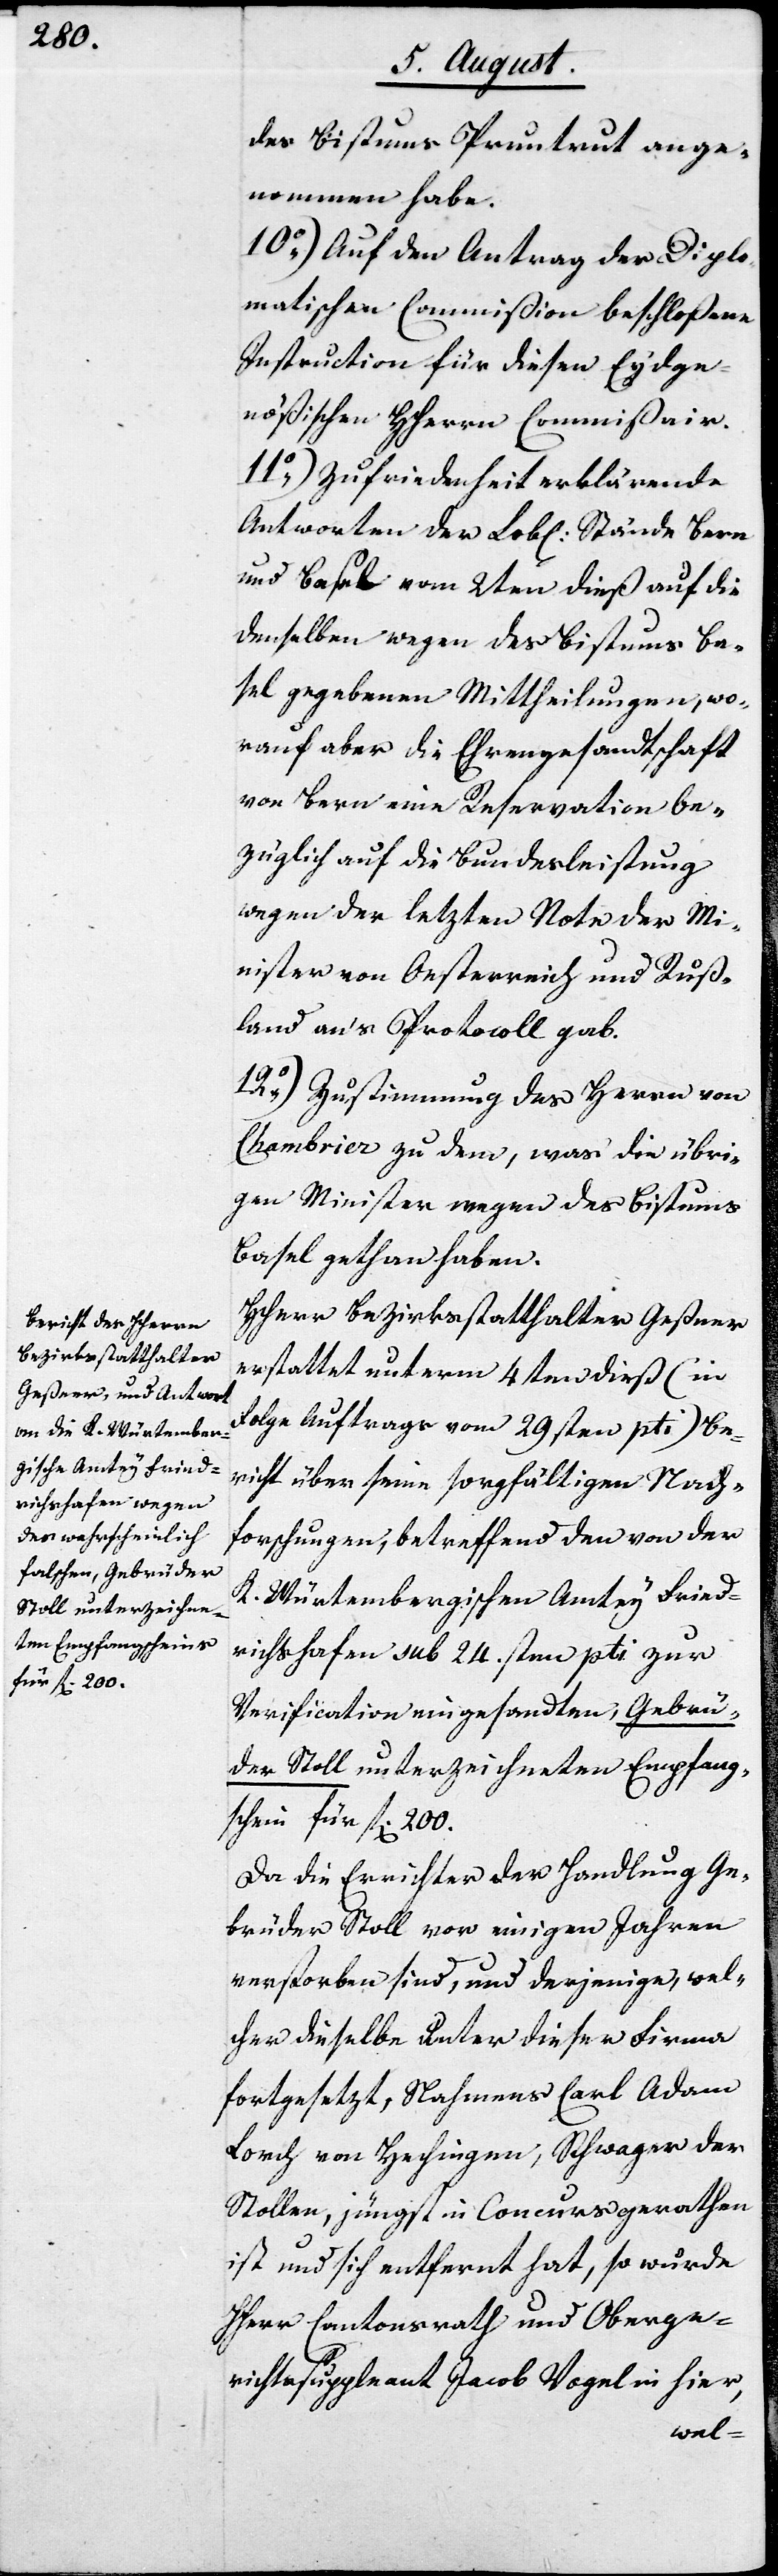
des Bistums Pruntrut ange¬
nommen habe.
10.) Auf den Antrag der Diplo¬
matischen Commißion beschloßene
Instruction für diesen Eydge¬
nößischen HHerrn Commißair.
11.) Zufriedenheit erklärende
Antworten der Lobl. Stände Bern
und Basel vom 2ten dieß auf die
denselben wegen des Bistums Ba¬
sel gegebenen Mittheilungen, wo¬
rauf aber die Ehrengesandtschaft
von Bern eine Reservation be¬
züglich auf die Bundesleistung
wegen der letzten Note der Mi¬
nister von Oesterreich und Ruß¬
land an’s Protocoll gab.
12.) Zustimmung des Herrn von
Chambrier zu dem, was die übri¬
gen Minister wegen des Bistums
Basel gethan haben.
HHerr Bezirksstatthalter Geßner
erstattet unterm 4ten dieß (in
Folge Auftrags vom 29sten pti) Be¬
richt über seine sorgfältigen Nach¬
forschungen, betreffend den von der
K. Würtembergischen Amtey Fried¬
richshafen sub 24sten pti. zur
Verification eingesandten, Gebrü¬
der Stoll unterzeichneten Empfangs¬
schein für fl. 200.
Da die Errichter der Handlung Ge¬
brüder Stoll vor einigen Jahren
verstorben sind, und derjenige, wel¬
cher dieselbe unter dieser Firma
fortgesetzt, Nahmens Carl Adam
Lorch von Hechlingen, Schwager der
Stollen, jüngst in Concurs gerathen
ist und sich entfernt hat, so wurde
Herr Cantonsrath und Oberge¬
richtssuppleant Jacob Vogel in hier,